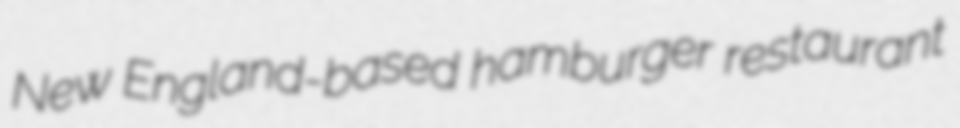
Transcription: New England-based hamburger restaurant